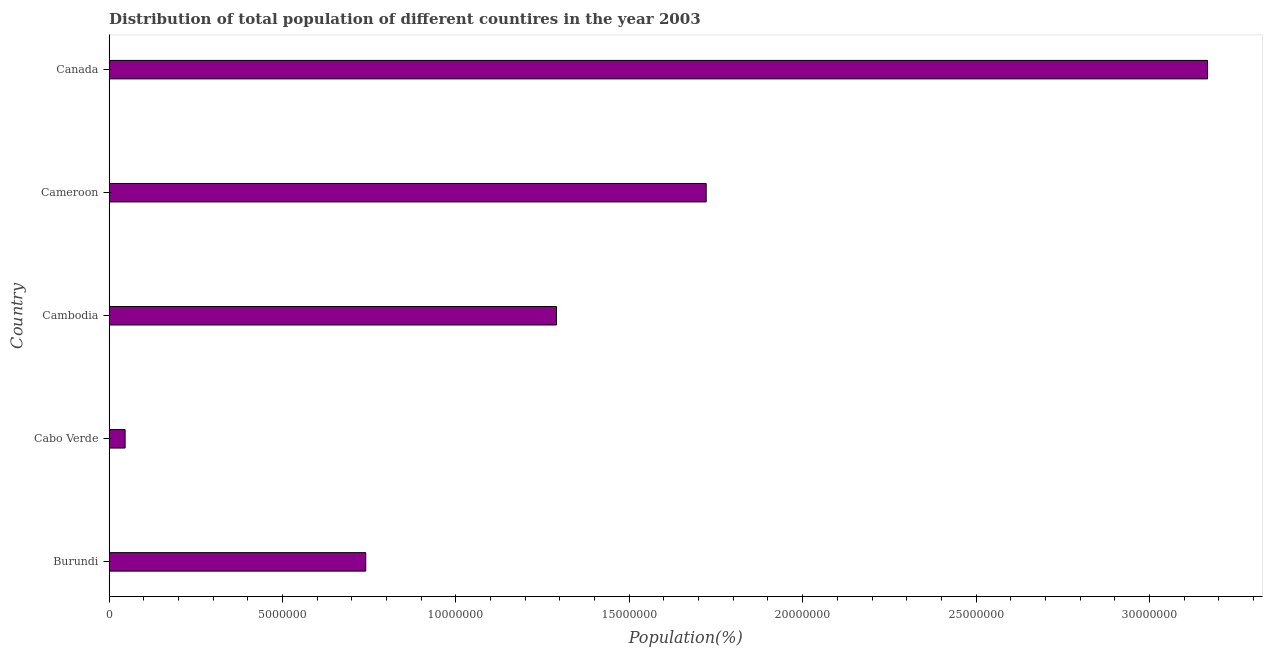
| Country | Total |
 | --- | --- |
 | Burundi | 7.4e+06 |
 | Cabo Verde | 4.63e+05 |
 | Cambodia | 1.29e+07 |
 | Cameroon | 1.72e+07 |
 | Canada | 3.17e+07 |